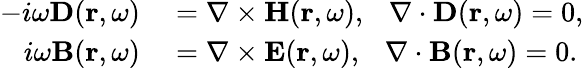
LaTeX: \begin{array}{rl}{-i\omega\mathbf{D}(\mathbf{r},\omega)}&{{}=\nabla\times\mathbf{H}(\mathbf{r},\omega),~~~\nabla\cdot\mathbf{D}(\mathbf{r},\omega)=0,}\\ {i\omega\mathbf{B}(\mathbf{r},\omega)}&{{}=\nabla\times\mathbf{E}(\mathbf{r},\omega),~~~\nabla\cdot\mathbf{B}(\mathbf{r},\omega)=0.}\end{array}